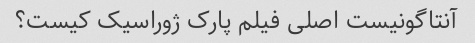
آنتاگونیست اصلی فیلم پارک ژوراسیک کیست؟